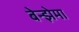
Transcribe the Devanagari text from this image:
बेन्झेमा